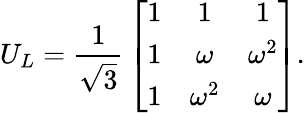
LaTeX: U_{L}={\frac{1}{\sqrt 3}}\left[\begin{array}{ccc}{{1}}&{{1}}&{{1}}\\ {{1}}&{{\omega}}&{{\omega^{2}}}\\ {{1}}&{{\omega^{2}}}&{{\omega}}\end{array}\right].